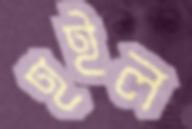
হইল